Observations on rabies - Number 36
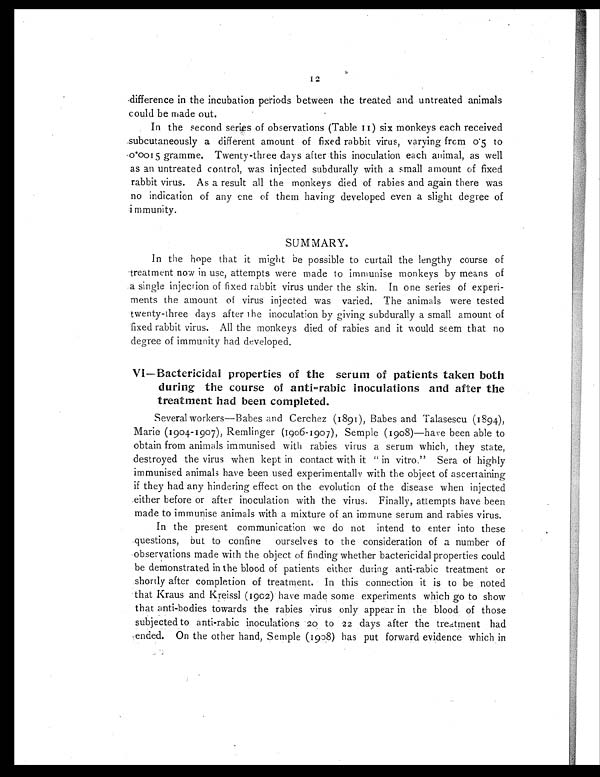
12
difference in the incubation periods between the treated and untreated animals
could be made out.
In the second series of observations (Table II) six monkeys each received
subcutaneously a different amount of fixed rabbit virus, varying from 0.5 to
0.0015 gramme. Twenty-three days after this inoculation each animal, as well
as an untreated control, was injected subdurally with a small amount of fixed
rabbit virus. As a result all the monkeys died of rabies and again there was
no indication of any one of them having developed even a slight degree of
immunity.
SUMMARY.
In the hope that it might be possible to curtail the lengthy course of
treatment now in use, attempts were made to immunise monkeys by means of
a single injection of fixed rabbit virus under the skin. In one series of experi-
ments the amount of virus injected was varied. The animals were tested
twenty-three days after the inoculation by giving subdurally a small amount of
fixed rabbit virus. All the monkeys died of rabies and it would seem that no
degree of immunity had developed.
VI—Bactericidal properties of the serum of patients taken both
during the course of anti=rabic inoculations and after the
treatment had been completed.
Several workers—Babes and Cerchez (1891), Babes and Talasescu (1894),
Marie (1904-1907), Remlinger 1906-1907), Semple (1908)—have been able to
obtain from animals immunised with rabies virus a serum which, they state,
destroyed the virus when kept in contact with it "in vitro." Sera of highly
immunised animals have been used experimentally with the object of ascertaining
if they had any hindering effect on the evolution of the disease when injected
either before or after inoculation with the virus. Finally, attempts have been
made to immunise animals with a mixture of an immune serum and rabies virus.
In the present communication we do not intend to enter into these
questions, but to confine ourselves to the consideration of a number of
observations made with the object of finding whether bactericidal properties could
be demonstrated in the blood of patients either during anti-rabic treatment or
shortly after completion of treatment. In this connection it is to be noted
that Kraus and Kreissl (1902) have made some experiments which go to show
that anti-bodies towards the rabies virus only appear in the blood of those
subjected to anti-rabic inoculations 20 to 22 days after the treatment had
ended. On the other hand, Semple (1908) has put forward evidence which in